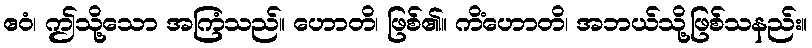
ဧဝံ၊ ဤသို့သော အကြံသည်။ ဟောတိ၊ ဖြစ်၏။ ကိံဟောတိ၊ အဘယ်သို့ဖြစ်သနည်း။